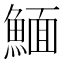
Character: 𩹠